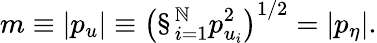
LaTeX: m\equiv|p_{u}|\equiv\left(\S_{i=1}^{\mathbb{N}}p_{u_{i}}^{2}\right)^{1/2}=|p_{\eta}|.